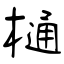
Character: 樋